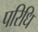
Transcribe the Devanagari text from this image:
परिधि